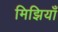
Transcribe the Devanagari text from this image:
मिझियाँ